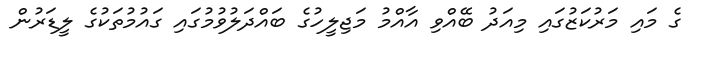
ގެ މައި މަރުކަޒުގައި މިއަދު ބޭއްވި އާއްމު މަޖިލީހުގެ ބައްދަލުވުމުގައި ގައުމުތަކުގެ ލީޑަރުން